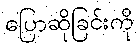
ပြောဆိုခြင်းကို